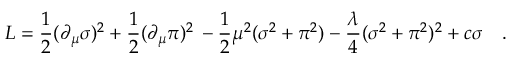
{ \cal L } = \frac { 1 } { 2 } ( \partial _ { \mu } \sigma ) ^ { 2 } + \frac { 1 } { 2 } ( \partial _ { \mu } \pi ) ^ { 2 } \nonumber \, - \frac { 1 } { 2 } \mu ^ { 2 } ( \sigma ^ { 2 } + \pi ^ { 2 } ) - \frac { \lambda } { 4 } ( \sigma ^ { 2 } + \pi ^ { 2 } ) ^ { 2 } + c \sigma \quad .